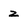
Character: z